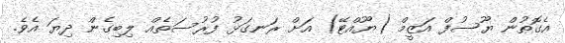
އެގޮތުން ޔޫސުފް އަޒީމް (ޔޫއްޓޭ) އަށް ރަނގަޅު ފުރުސަތެއް ލިބިގެން ދިޔަ އެވެ.